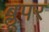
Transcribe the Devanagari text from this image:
ब्लूपर